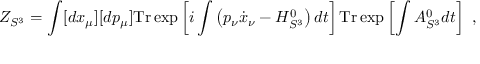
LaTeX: Z _ { S ^ { 3 } } = \int [ d x _ { \mu } ] [ d p _ { \mu } ] \mathrm { T r } \exp \left[ i \int \left( p _ { \nu } \dot { x } _ { \nu } - H _ { S ^ { 3 } } ^ { 0 } \right) d t \right] \mathrm { T r } \exp \left[ \int A _ { S ^ { 3 } } ^ { 0 } d t \right] \ ,